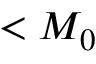
< M _ { 0 }